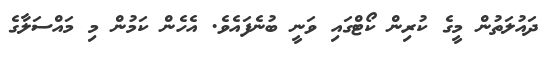
ދައުލަތުން މީގެ ކުރިން ކޯޓްގައި ވަނީ ބުނެފައެވެ. އެހެން ކަމުން މި މައްސަލާގެ